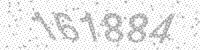
Solution: 161884